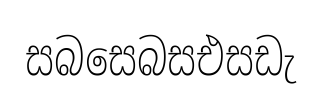
සබසෙබසඑසඩැ